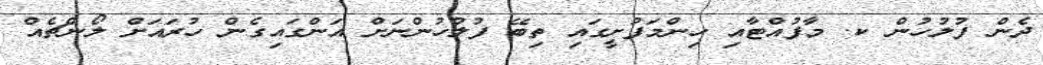
ދެން ފުލުހުން ކ. މާފުއްޓާއި ހިންމަފުށީގައި ތިބޭ ފުލުހުންނަށް އަންގައިގެން ހުރައަށް ލޯންޗެއް